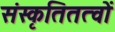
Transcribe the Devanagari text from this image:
संस्कृतितत्वों